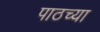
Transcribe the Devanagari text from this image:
पाठच्या